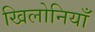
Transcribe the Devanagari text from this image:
खिलोनियाँ